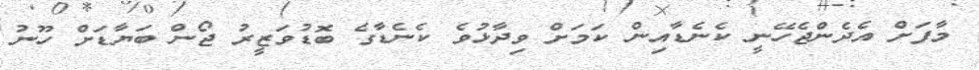
މާފަށް އެދެންޖެހޭނީ ކެނެޑާއިން ކަމަށް ވިދާޅުވެ ކެނެޑާގެ ބޮޑުވަޒީރު ޖޯން ބަޔާޑަށް ހޫނު